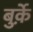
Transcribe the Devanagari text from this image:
बुर्क़े